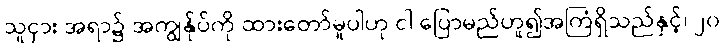
သူငှား အရာ၌ အကျွန်ုပ်ကို ထားတော်မူပါဟု ငါ ပြောမည်ဟူ၍အကြံရှိသည်နှင့်၊ ၂၀